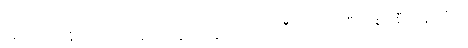
အိမ်ထဲက ခိုးထည့်လာခဲ့တဲ့ ဖိနပ်တွေ၊ ဘောင်းဘီတွေဝတ်ပြီး ဂျစ်ပစီတွေ လိုပဲ။